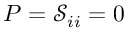
P = \mathcal { S } _ { i i } = 0